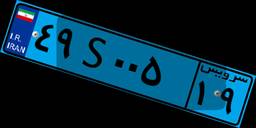
۷۶S۷۲۳۶۷